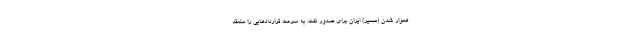
هموار شدن (مسیر) ایران برای صدور نفت، به سرعت قراردادهایی را منعقد